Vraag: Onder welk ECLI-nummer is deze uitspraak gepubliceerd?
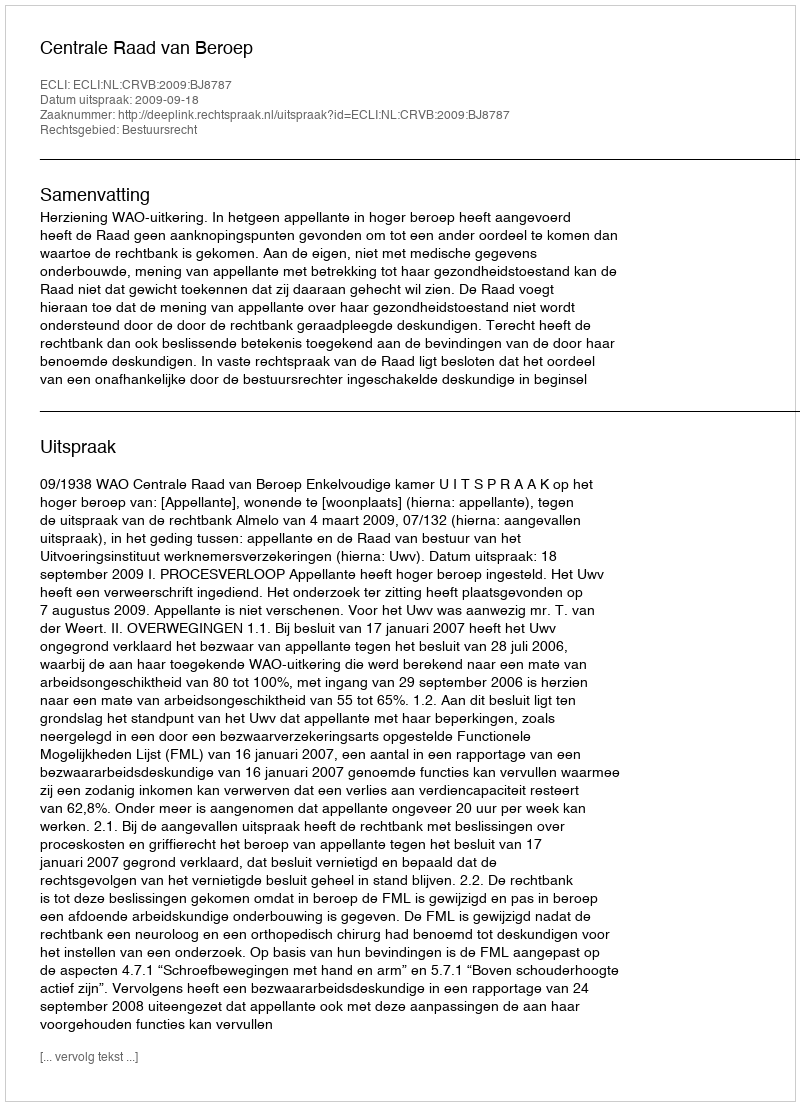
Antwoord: ECLI:NL:CRVB:2009:BJ8787